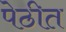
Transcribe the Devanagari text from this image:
पेठीत